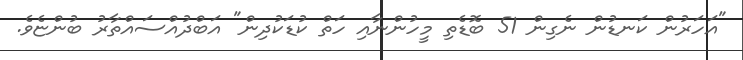
"އަހަރުން ކަނޑުން ނެގިން 51 ބޮޑެތި މީހުންނާއި ހަތް ކުޑަކުދިން" އަބްދުއްސައްތާރު ބުންޏެވެ.